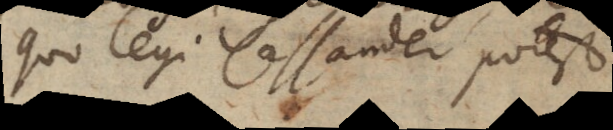
quo legi Cassander potest